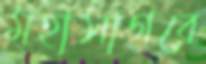
মহাসাগরে